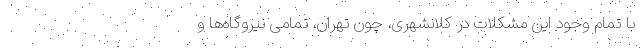
با تمام وجود این مشکلات در کلانشهری، چون تهران، تمامی نیروگاه‌ها و